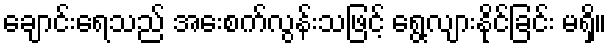
ချောင်းရေသည် အေးစက်လွန်းသဖြင့် ရွေ့လျားနိုင်ခြင်း မရှိ။